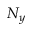
N _ { y }